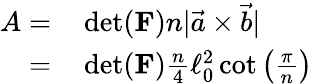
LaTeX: \begin{array}{rl}{A=}&{{}\operatorname*{det}(\mathbf{F})n|\vec{a}\times\vec{b}|}\\ {=}&{{}\operatorname*{det}(\mathbf{F})\frac{n}{4}\ell_{0}^{2}\cot\left(\frac{\pi}{n}\right)}\end{array}